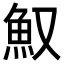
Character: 𩵎